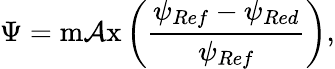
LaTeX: \Psi=\operatorname*{m\mathcal{A}x}\left(\frac{{\psi_{Ref}-\psi_{Red}}}{{\psi_{Ref}}}\right),